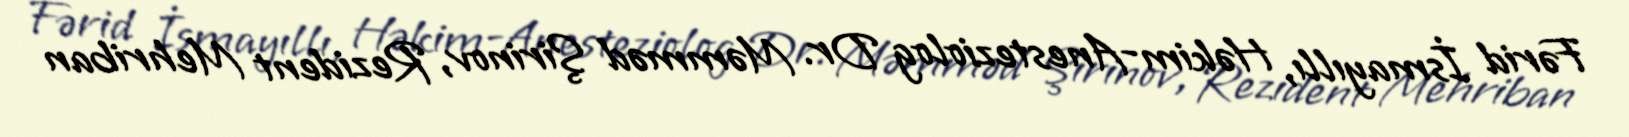
Fərid İsmayıllı, Həkim-Anesteziolog Dr. Məmməd Şirinov, Rezident Mehriban